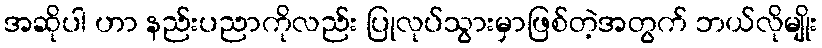
အဆိုပါ ဟာ နည်းပညာကိုလည်း ပြုလုပ်သွားမှာဖြစ်တဲ့အတွက် ဘယ်လိုမျိုး